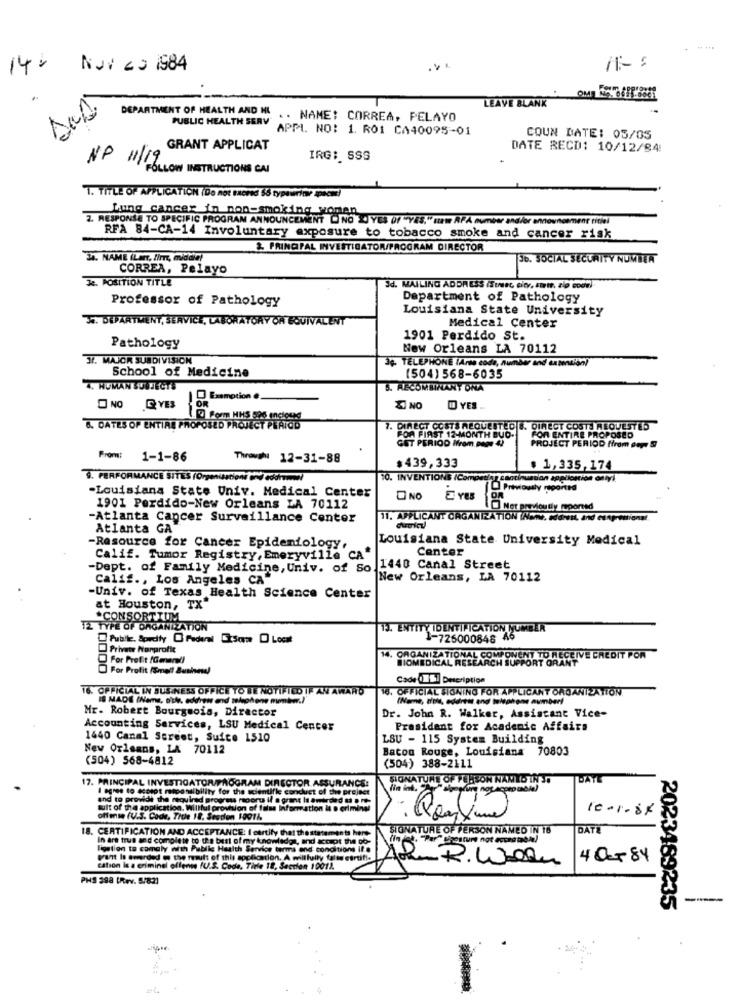
14%
Nov 20 1584
11 -:
LEAVE BLANK
DEPARTMENT OF HEALTH AND MI .. NAME: CORREA, PELAYO
PUBLIC HEALTH SERV
APPL. NO: 1. ROI CA40095-01
COUN DATE: 05/05
GRANT APPLICAT
DATE BECD: 10/12/84
IRG: SSS
NP 1119 LOW INSTRUCTIONS CAI
1. TITLE OF APPLICATION (Do not EHoreE 55 typewriter spacm)
Lung cancer in non-smoking woman
2. RESPONSE TO SPECIFIC PROGRAM ANNOUNCEMENT NO ZJYES OF "YES," " RFA number and/or announcemer idiai
RFA 84-CA-14 Involuntary exposure to tobacco smoke and cancer risk
& PRINCIPAL INVESTIGATOR/PROGRAM DIRECTOR
34. NAME (LEFT, fir, middle!
Sb. SOCIAL SECURITY NUMBER
CORREA, Pelayo
3. POSITION TITLE
3d. MAILING ADDRESS (Stuec city, state. zip code)
Professor of Pathology
Department of Pathology
Louisiana State University
34. DEPARTMENT, SERVICE, LABORATORY OR EQUIVALENT
Medical Center
1901 Perdido St.
Pathology
New Orleans LA 70112
37. MAJOR SUBDIVISION
3. TÉLÉPHONE (Ario codo, number and extension)
School of Medicine
(504) 568-6035
4. HUMAN SUUJECTS
5. RECOMBINANT ONA
Exemption #
NO GYES
OR
NO
1 YES ..
8. DATES OF ENTIRE PROPOSED PROJECT PLAICE
7. DIRECT COSTS REQUESTED &. DIRECT COSTE REQUESTED
FOR FIRST 12-MONTH BUO.
FOR ENTIRE PROPOSED
GUT PERIOD Mfrom page 42
PROJECT PERIOD from oup. S
From: 1-1-86
ThoIN 12-31-88
$439,333
$ 1,335,174
9. PERFORMANCE SITES (Organisations and eddiwwwel
10. INVENTIONS /Com
Louisiana State Univ. Medical Center
O Previously reported
NO
1901 Perdido-New Orleans LA 70112
Ner previously reported
-Atlanta Cancer Surveillance Center
11. APPLICANT CAGANIZATION INDie, sans, and esnp-entional
Atlanta GA
Louisiana State University Medical
-Resource for Cancer Epidemiology,
Center
Calif. Tumor Registry, Emeryville CA"
-Dept. of Family Medicine, Univ. of So.
1440 Canal Street
Calif ., Los Angeles CA"
New Orleans, LA 70112
Univ. of Texas Health Science Center
at Houston, TX
*CONSORTIUM
12 TYPE OF ORGANIZATION
13. ENTITY IDENTIFICATION NUMBER
Publle. Sorcity @ Federal some D Locat
1-726000848 46
Private Nonprofit
For Profit /Generell
14. ORGANIZATIONAL COMPONENT
BIOMEDICAL RESEARCH
LIVE CREDIT POR
For Profit (Small Business)
Cade ISi Description
16. OFFICIAL IN BUSINESS OFFICE TO BE NOTIFIED IF AN AWARD
16. OFFICIAL SIGNING FOR APPLICANT ORGANIZATION.
IS MADE (Name, stk. edkrew and telephone miminmr.
(Nome, title, eddrest and telephone number!
Mr. Robert Bourgeois, Director
Dr. John R. Walker, Assistant Vice-
Accounting Services, LSU Medical Center
President for Academic Affairs
1440 Canal Street, Suite 1510
LSU - 115 System Building
New Orleans, LA 70112
Baton Rouge, Louisiana 70803
(504) 568-4812
(504) 388-2111
17. PRINCIPAL INVESTIGATOR/PROGRAM DIRECTOR
SIGNATURE OF PERSON NAMTO IN JO
DATE
I agree to ecatot responsibility for the scientifle
ASSURANCE:
and to provide
and to provide the required progress moores if a
raport il o grant la awarded
ult of the application. Willful provision of false
vision of falas Information i . d
10-1-6x
offense (U.S. Code, Title 18, Section 19914.
18. CERTIFICATION AND ACCEPTANCE: I ourtify that thestatements here
SIGNATURE OF PERSON NAMED IN 16
DATE
In ars true and complete to the best of my knowledge, and imot the ob-
ligation to comply with Public Health Service terms and conditions if ..
gult Is awarded @ the routs of this application. A willfully falidetruffe
w certifi.
ARR. Work
40584
Cation Is a criminal offense IU.S. Code, Tirle 18, Section 1001).
PHS 398 (Rev. 5/821
2023489235